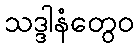
သဒ္ဒါနံတွေဝ